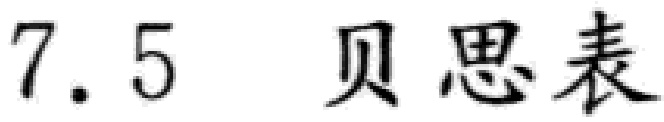
7.5  贝思表